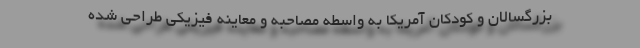
بزرگسالان و کودکان آمریکا به واسطه مصاحبه و معاینه فیزیکی طراحی شده